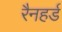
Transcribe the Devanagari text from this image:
रैनहर्ड